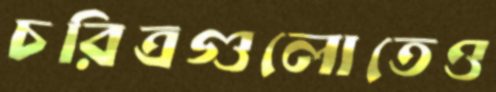
চরিত্রগুলোতেও